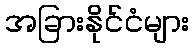
အခြားနိုင်ငံများ